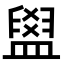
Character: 𥂞